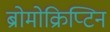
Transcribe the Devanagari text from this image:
ब्रोमोक्रिप्टिन